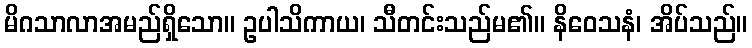
မိဂသာလာအမည်ရှိသော။ ဥပါသိကာယ၊ သီတင်းသည်မ၏။ နိဝေသနံ၊ အိပ်သည်။